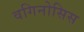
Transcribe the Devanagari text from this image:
वगिनोसिस